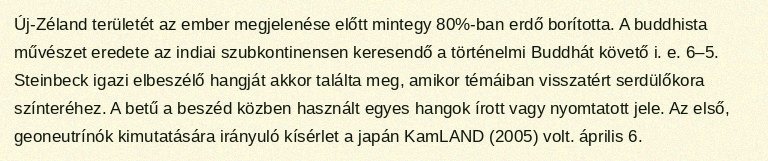
Új-Zéland területét az ember megjelenése előtt mintegy 80%-ban erdő borította. A buddhista művészet eredete az indiai szubkontinensen keresendő a történelmi Buddhát követő i. e. 6–5. Steinbeck igazi elbeszélő hangját akkor találta meg, amikor témáiban visszatért serdülőkora színteréhez. A betű a beszéd közben használt egyes hangok írott vagy nyomtatott jele. Az első, geoneutrínók kimutatására irányuló kísérlet a japán KamLAND (2005) volt. április 6.